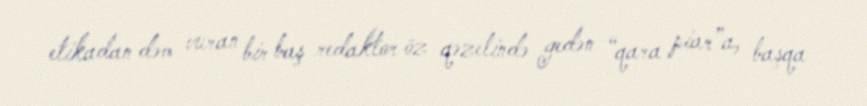
etikadan dəm vuran bir baş redaktor öz qəzetində gedən “qara piar”a, başqa